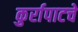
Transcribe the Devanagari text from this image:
कुर्रापाटचे